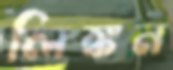
লিঙ্কন